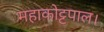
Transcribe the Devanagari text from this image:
महाकोट्टपाल।